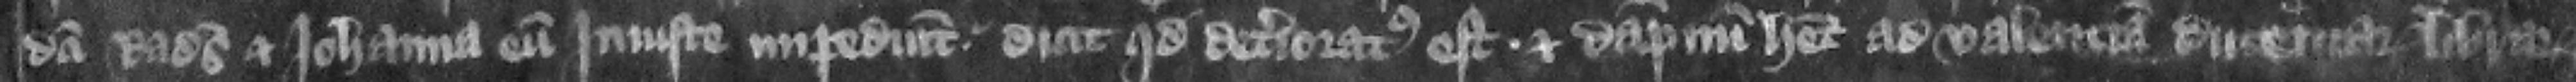
Radulfus et Iohanna cum iniuste impediunt dicit quod deteriorates est et dampnum habet ad valenciam ducentarum librarum.